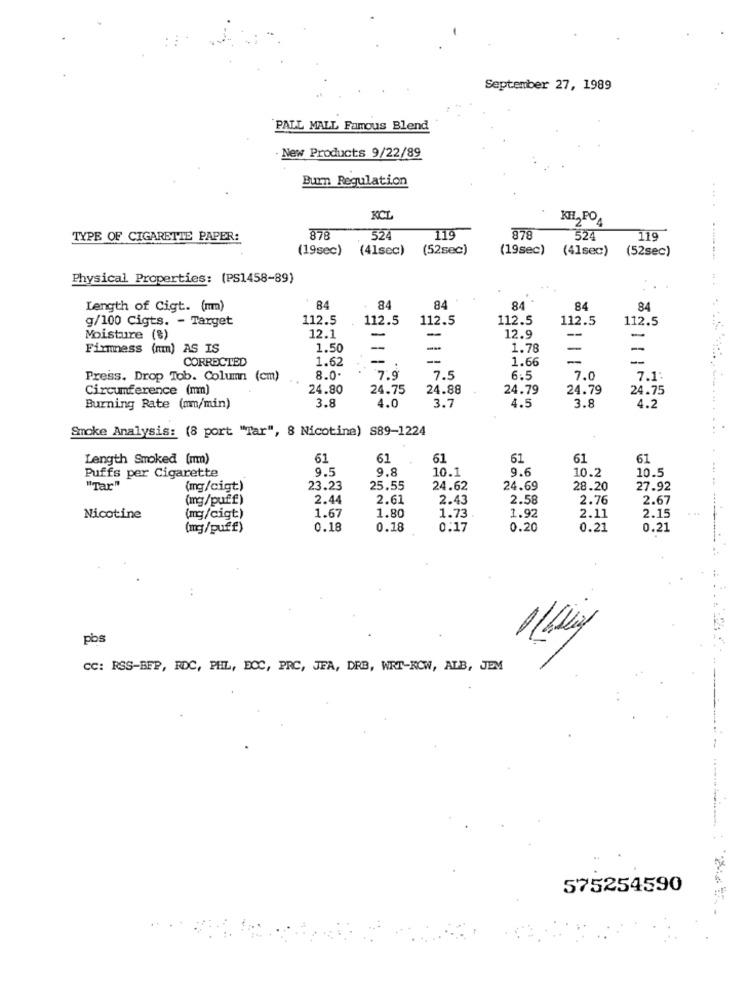
September 27, 1989
PALL MALL Famous Blend
New Products 9/22/89
Burn Regulation
KCI
KHL,PO4
TYPE OF CIGARETTE PAPER:
878
524
119
878
524
119
(19sec)
(41sec)
(52sec)
(19sec)
(41sec)
(52sec)
Physical Properties: (PS1458-89)
... . ....... ..
Length of Cigt. (mm)
84
84
84
84
84
84
g/100 Cigts. - Target
112.5
112.5
112.5
112.5
112.5
112.5
-
--
Moisture (%)
12.1
12.9
-
Firmness (mm) AS IS
1.50
-
1.78
-
-
CORRECTED
1.62
-
-
1.66
-
-
Press. Drop Tob. Column (cm)
8.0
7.9
7.5
6.5
7.0
7.1
Circumference (mm)
24.80
24.75
24.88
24.79
24.79
24.75
3.8
3.7
4.5
3.8
Burning Rate (mm/min)
4.0
4.2
Smoke Analysis: (8 port "Tar", 8 Nicotina) S89-1224
Length Smoked (mm)
61
61
61
61
61
61
9.5
9.8
10.1
9.
10.2
10.5
Puffs per Cigarette
"Tar"
(mg/cigt)
23.23
25.55
24.62
24.69
28.20
27.92
(mg/puff)
2.44
2.61
2.43
2.58
2.76
2.67
1.67
1.80
Nicotine
(mg/cigt)
1.73
1.92
2.11
2.15
(mg/puff)
0.18
0.18
0:17
0.20
0.21
0.21
pbs
CC: RSS-BFP, RDC, PHL, DOC, PRC, JEA, DRB, WRT-KOW, ALB, JEM
575254590